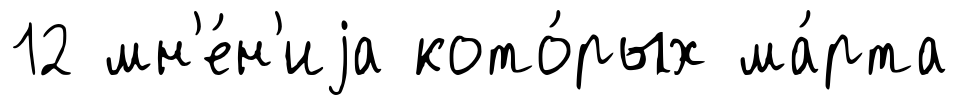
12 мн'е́н'иjа кото́рых ма́рта